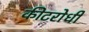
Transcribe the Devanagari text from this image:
कीटरोधी